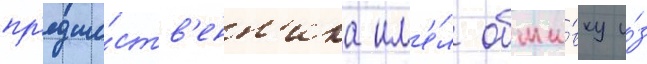
пр'едше́ств'енн'ика им'е́л обши́вку и́з